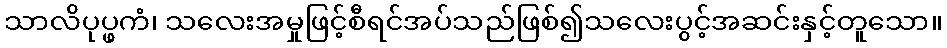
သာလိပုပ္ဖကံ၊ သလေးအမှုဖြင့်စီရင်အပ်သည်ဖြစ်၍သလေးပွင့်အဆင်းနှင့်တူသော။